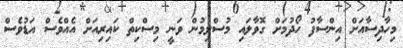
މިހާދިސާއަށް އިންސާފު ހޯދުމަށް ގޮވާލައި މުސްލިމުން ވަނީ މިސްކިތް ކައިރިއަށް އެއްވެސް އަޑުވެސް